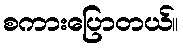
စကားပြောတယ်။